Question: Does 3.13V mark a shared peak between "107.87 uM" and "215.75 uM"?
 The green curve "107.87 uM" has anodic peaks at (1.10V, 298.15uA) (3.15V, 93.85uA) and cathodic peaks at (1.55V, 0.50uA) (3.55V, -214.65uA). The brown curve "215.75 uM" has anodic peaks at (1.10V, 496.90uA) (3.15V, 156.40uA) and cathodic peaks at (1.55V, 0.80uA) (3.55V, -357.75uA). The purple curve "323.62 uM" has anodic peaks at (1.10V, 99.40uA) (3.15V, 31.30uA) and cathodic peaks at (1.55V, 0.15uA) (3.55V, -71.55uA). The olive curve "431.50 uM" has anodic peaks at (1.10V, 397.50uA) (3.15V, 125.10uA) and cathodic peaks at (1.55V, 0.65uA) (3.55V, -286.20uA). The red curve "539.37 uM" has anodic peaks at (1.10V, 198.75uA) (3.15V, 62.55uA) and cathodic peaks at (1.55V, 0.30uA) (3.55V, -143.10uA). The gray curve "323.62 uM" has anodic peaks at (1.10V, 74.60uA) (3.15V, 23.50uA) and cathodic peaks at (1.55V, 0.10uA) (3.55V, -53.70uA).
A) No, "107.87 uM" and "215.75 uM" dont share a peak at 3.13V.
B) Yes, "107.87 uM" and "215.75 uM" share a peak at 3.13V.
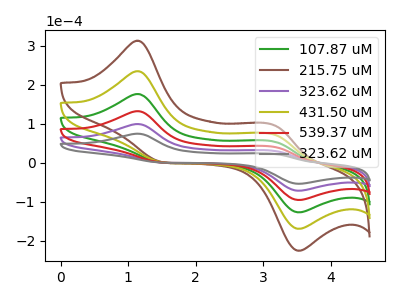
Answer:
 <answer>B) Yes, "107.87 uM" and "215.75 uM" share a peak at 3.13V.</answer>
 <eval>B</eval>